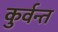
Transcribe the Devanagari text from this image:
कुर्वन्त